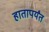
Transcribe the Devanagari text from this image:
हातापर्यंत